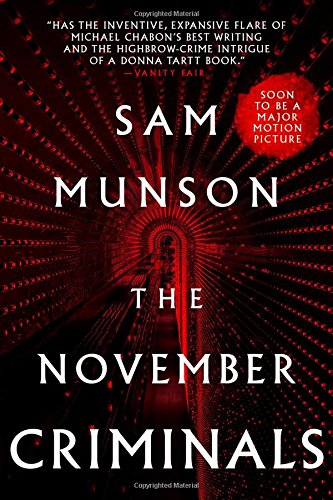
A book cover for The November Criminals; Sam Munson; Humor & Entertainment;